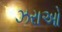
ઝરાઓ